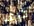
كيف